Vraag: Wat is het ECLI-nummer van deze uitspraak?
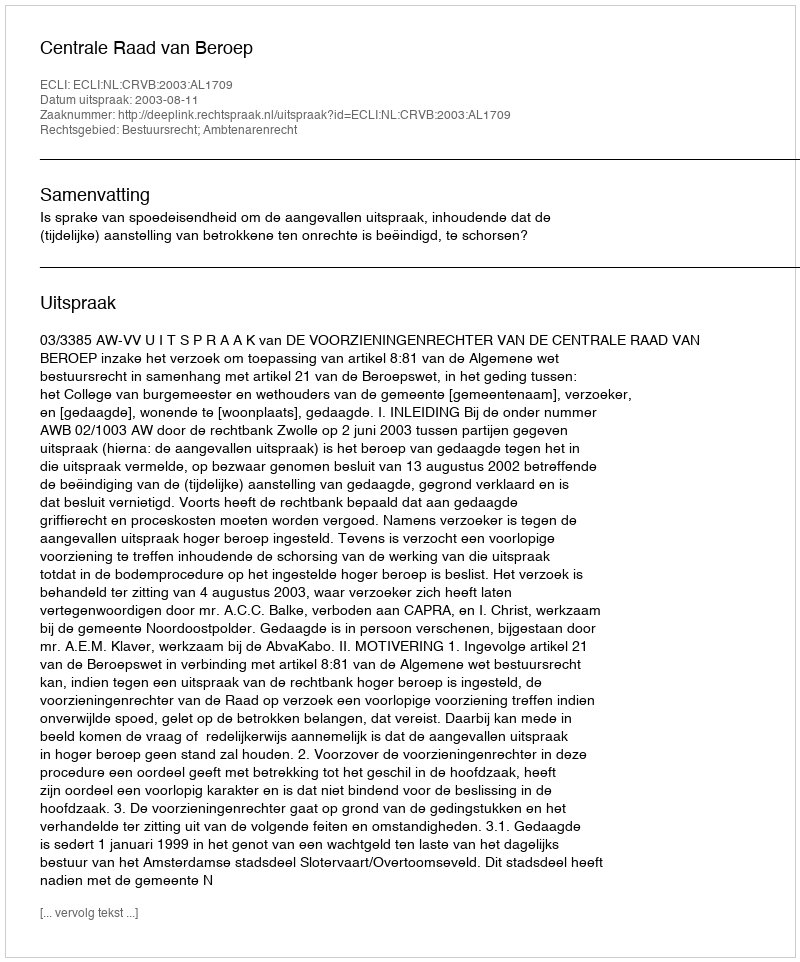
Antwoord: ECLI:NL:CRVB:2003:AL1709